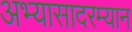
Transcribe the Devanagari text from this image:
अभ्यासादरम्यान